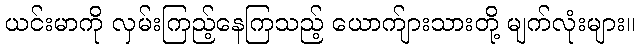
ယင်းမာကို လှမ်းကြည့်နေကြသည့် ယောက်ျားသားတို့ မျက်လုံးများ။